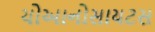
ચોઆનોસાયટસ